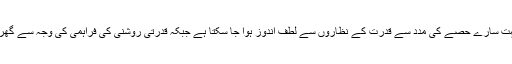
شیشے سے بنے سامنے کے بہت سارے حصے کی مدد سے قدرت کے نظاروں سے لطف اندوز ہوا جا سکتا ہے جبکہ قدرتی روشنی کی فراہمی کی وجہ سے گھر کا اندرونی حصہ بھی کم نہیں۔